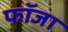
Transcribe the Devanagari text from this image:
फॉजा